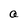
Character: a